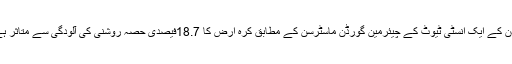
لندن کے ایک انسٹی ٹیوٹ کے چیئرمین گورڈن ماسٹرسن کے مطابق کرۂ ارض کا 18.7فیصدی حصہ روشنی کی آلودگی سے متاثر ہے۔